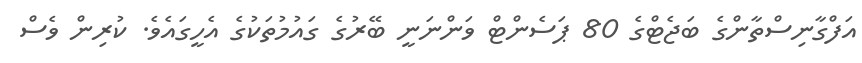
އަފްގާނިސްތާންގެ ބަޖެޓްގެ 80 ޕަސެންޓް ވަންނަނީ ބޭރުގެ ގައުމުތަކުގެ އެހީގައެވެ. ކުރިން ވެސް